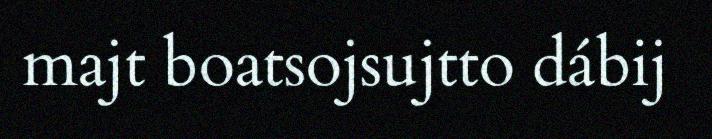
majt boatsojsujtto dábij